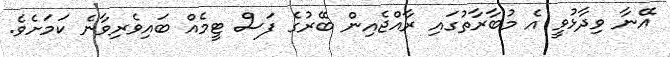
އޭނާ ވިދާޅުވީ އެ މުބާރާތުގައި ރާއްޖެއިން ބޭރުގެ ފަސް ޓީމެއް ބައިވެރިވާނެ ކަމަށެވެ.